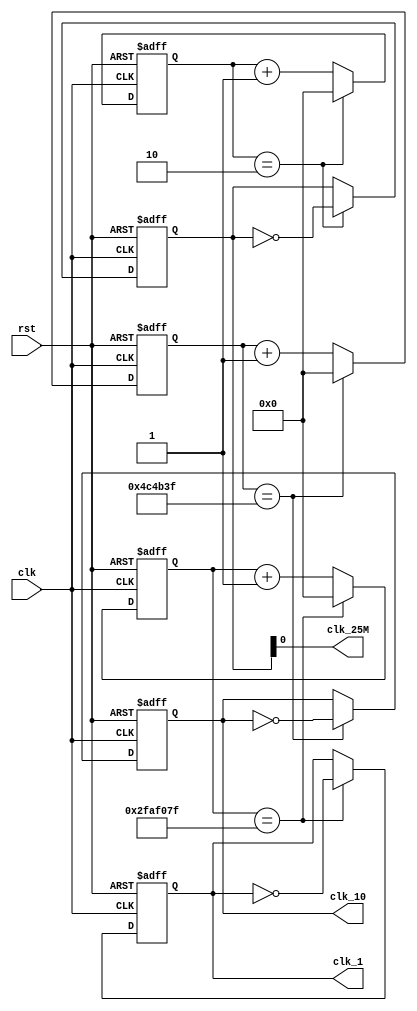
`timescale 1ns / 1ps
//////////////////////////////////////////////////////////////////////////////////
// Company: 
// Engineer: 
// 
// Design Name: 
// Module Name: freq_div
// Project Name: 
// Target Devices: 
// Tool Versions: 
// Description: 
// 
// Dependencies: 
// 
// Revision:
// Revision 0.01 - File Created
// Additional Comments:
// 
//////////////////////////////////////////////////////////////////////////////////


module freq_div(clk,rst,clk_1,clk_10,clk_25M);
input clk, rst;
output clk_1, clk_10; // clk_1 for clk_ctl, clk_10 for  sound
output clk_25M; // for vga

reg [25:0] tmp,tmp1,tmp2;
reg clk_1_tmp, clk_10_tmp;
reg [24:0] clk_25M_tmp;

always@(posedge clk or posedge rst)
if(rst)
begin
    tmp <= 0;
    clk_1_tmp <= 0;   
end
else if (tmp == 26'd49999999) 
    begin
        clk_1_tmp <= ~clk_1_tmp;
        tmp <= 0;
    end
else tmp <= tmp + 26'd1;

always@(posedge clk or posedge rst)
if(rst)
begin
    tmp1 <= 0;
    clk_10_tmp <= 0;   
end
else if (tmp1 == 26'd4999999) 
    begin
        tmp1 <= 0;
        clk_10_tmp <= ~clk_10_tmp;
    end
else tmp1 <= tmp1 + 26'd1;

always@(posedge clk or posedge rst)
if(rst)
begin
    tmp2 <= 0;
    clk_25M_tmp <= 0;   
end
else if (tmp2 == 26'd2) 
    begin
        tmp2 <= 0;
        clk_25M_tmp <= ~clk_25M_tmp;
    end
else tmp2 <= tmp2 + 26'd1;

assign clk_1 = clk_1_tmp;
assign clk_10 = clk_10_tmp;
assign clk_25M = clk_25M_tmp;

endmodule